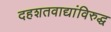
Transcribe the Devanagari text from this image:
दहशतवाद्यांविरुद्ध